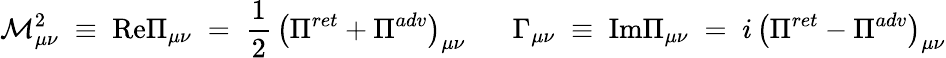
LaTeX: {\cal M}_{\mu\nu}^{2}\; \equiv\; \mathrm{Re}{\Pi}_{\mu\nu}\; =\; \frac{1}{2}\, \left({\Pi}^{ret}+{\Pi}^{adv}\right)_{\mu\nu}\; \; \; \; \; \; \Gamma_{\mu\nu}\; \equiv\; \mathrm{Im}{\Pi}_{\mu\nu}\; =\; i\, \left({\Pi}^{ret}-{\Pi}^{adv}\right)_{\mu\nu}